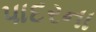
પાદરના